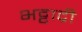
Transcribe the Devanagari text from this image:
भट्टाद्री